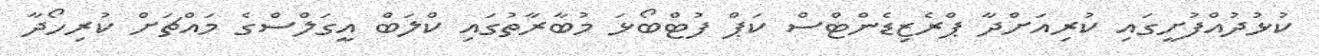
ކުޅުދުއްފުށީގައި ކުރިއަށްދާ ޕްރެޒިޑެންޓްސް ކަޕް ފުޓްބޯޅަ މުބާރާތުގައި ކްލަބް އީގަލްސްގެ މައްޗަށް ކުރިހޯދާ